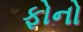
ફોનો